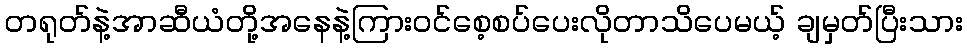
တရုတ်နဲ့အာဆီယံတို့အနေနဲ့ကြားဝင်စေ့စပ်ပေးလိုတာသိပေမယ့် ချမှတ်ပြီးသား